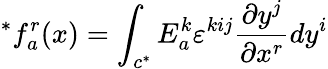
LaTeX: ^{*}f_{a}^{r}(x)=\int_{c^{*}}E_{a}^{k}\varepsilon^{kij}\frac{\partial y^{j}}{\partial x^{r}}dy^{i}